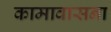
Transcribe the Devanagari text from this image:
कामावासना